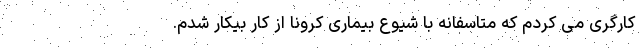
کارگری می کردم که متاسفانه با شیوع بیماری کرونا از کار بیکار شدم.